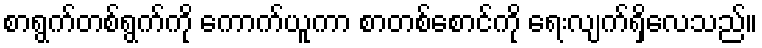
စာရွက်တစ်ရွက်ကို ကောက်ယူကာ စာတစ်စောင်ကို ရေးလျက်ရှိလေသည်။